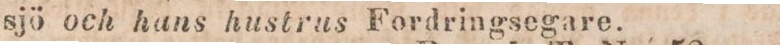
sjö och hans hustrus Fordringsegare.